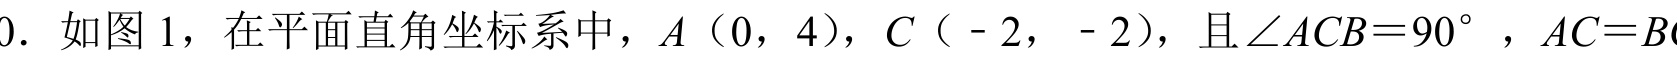
0. 如图 1，在平面直角坐标系中，$A（0，4）$，$C（ - 2， - 2）$，且$\angle ACB = 90^{\circ}$，$AC = BC$